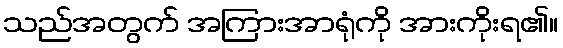
သည်အတွက် အကြားအာရုံကို အားကိုးရ၏။